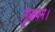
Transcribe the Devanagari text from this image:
मुलायम।